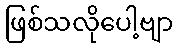
ဖြစ်သလိုပေါ့ဗျာ